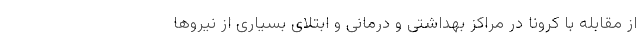
از مقابله با کرونا در مراکز بهداشتی و درمانی و ابتلای بسیاری از نیروها